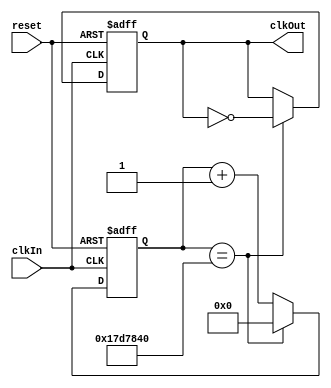
`timescale 1ns / 1ps
//////////////////////////////////////////////////////////////////////////////////
// Company: 
// Engineer: 
// 
// Design Name: 
// Module Name: slowClock
// Project Name: 
// Target Devices: 
// Tool Versions: 
// Description: 
// 
// Dependencies: 
// 
// Revision:
// Revision 0.01 - File Created
// Additional Comments:
// 
//////////////////////////////////////////////////////////////////////////////////


module slowClock(clkIn,reset,clkOut);
    input clkIn;
    input reset;
    output reg clkOut;
    reg [31:0] counter;
    
    always @(posedge reset or posedge clkIn) begin
        if (reset == 1) begin
            counter <= 0;
            clkOut <= 0;
        end
        
        else if (clkIn == 1) begin
            counter <= counter + 1;
            if (counter == 25000000) //25_000_000
            begin
                counter <= 0;
                clkOut <= ~clkOut;
            end
        end
    end   
endmodule